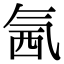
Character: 氥